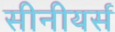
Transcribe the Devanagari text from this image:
सीनीयर्स